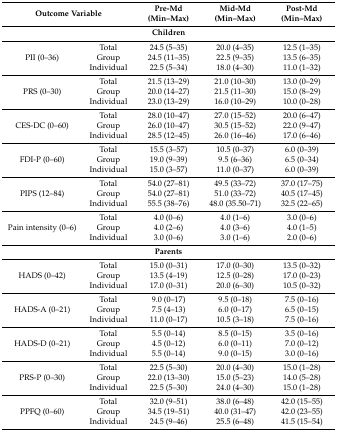
<table><thead><tr><td colspan="2"><b>Outcome Variable</b></td><td><b>Pre-Md (Min–Max)</b></td><td><b>Mid-Md (Min–Max)</b></td><td><b>Post-Md (Min–Max)</b></td></tr></thead><tbody><tr><td colspan="5"><b>Children</b></td></tr><tr><td rowspan="3">PII (0–36)</td><td>Total</td><td>24.5 (5–35)</td><td>20.0 (4–35)</td><td>12.5 (1–35)</td></tr><tr><td>Group</td><td>24.5 (11–35)</td><td>22.5 (9–35)</td><td>13.5 (6–35)</td></tr><tr><td>Individual</td><td>22.5 (5–34)</td><td>18.0 (4–30)</td><td>11.0 (1–32)</td></tr><tr><td rowspan="3">PRS (0–30)</td><td>Total</td><td>21.5 (13–29)</td><td>21.0 (10–30)</td><td>13.0 (0–29)</td></tr><tr><td>Group</td><td>20.0 (14–27)</td><td>21.5 (11–30)</td><td>15.0 (8–29)</td></tr><tr><td>Individual</td><td>23.0 (13–29)</td><td>16.0 (10–29)</td><td>10.0 (0–28)</td></tr><tr><td rowspan="3">CES-DC (0–60)</td><td>Total</td><td>28.0 (10–47)</td><td>27.0 (15–52)</td><td>20.0 (6–47)</td></tr><tr><td>Group</td><td>26.0 (10–47)</td><td>30.5 (15–52)</td><td>22.0 (9–47)</td></tr><tr><td>Individual</td><td>28.5 (12–45)</td><td>26.0 (16–46)</td><td>17.0 (6–46)</td></tr><tr><td rowspan="3">FDI-P (0–60)</td><td>Total</td><td>15.5 (3–57)</td><td>10.5 (0–37)</td><td>6.0 (0–39)</td></tr><tr><td>Group</td><td>19.0 (9–39)</td><td>9.5 (6–36)</td><td>6.5 (0–34)</td></tr><tr><td>Individual</td><td>15.0 (3–57)</td><td>11.0 (0–37)</td><td>6.0 (0–39)</td></tr><tr><td rowspan="3">PIPS (12–84)</td><td>Total</td><td>54.0 (27–81)</td><td>49.5 (33–72)</td><td>37.0 (17–75)</td></tr><tr><td>Group</td><td>54.0 (27–81)</td><td>51.0 (33–72)</td><td>40.5 (17–45)</td></tr><tr><td>Individual </td><td>55.5 (38–76)</td><td>48.0 (35.50–71)</td><td>32.5 (22–65)</td></tr><tr><td rowspan="3">Pain intensity (0–6)</td><td>Total</td><td>4.0 (0–6)</td><td>4.0 (1–6)</td><td>3.0 (0–6)</td></tr><tr><td>Group</td><td>4.0 (2–6)</td><td>4.0 (3–6)</td><td>4.0 (1–5)</td></tr><tr><td>Individual </td><td>3.0 (0–6)</td><td>3.0 (1–6)</td><td>2.0 (0–6)</td></tr><tr><td colspan="5"><b>Parents</b></td></tr><tr><td rowspan="3">HADS (0–42)</td><td>Total</td><td>15.0 (0–31)</td><td>17.0 (0–30)</td><td>13.5 (0–32)</td></tr><tr><td>Group</td><td>13.5 (4–19)</td><td>12.5 (0–28)</td><td>17.0 (0–23)</td></tr><tr><td>Individual </td><td>17.0 (0–31)</td><td>20.0 (6–30)</td><td>10.5 (0–32)</td></tr><tr><td rowspan="3">HADS-A (0–21)</td><td>Total</td><td>9.0 (0–17)</td><td>9.5 (0–18)</td><td>7.5 (0–16) </td></tr><tr><td>Group</td><td>7.5 (4–13)</td><td>6.0 (0–17)</td><td>6.5 (0–15)</td></tr><tr><td>Individual</td><td>11.0 (0–17)</td><td>10.5 (3–18)</td><td>7.5 (0–16)</td></tr><tr><td rowspan="3">HADS-D (0–21)</td><td>Total</td><td>5.5 (0–14)</td><td>8.5 (0–15)</td><td>3.5 (0–16)</td></tr><tr><td>Group</td><td>4.5 (0–12)</td><td>6.0 (0–11)</td><td>7.0 (0–12)</td></tr><tr><td>Individual</td><td>5.5 (0–14)</td><td>9.0 (0–15)</td><td>3.0 (0–16)</td></tr><tr><td rowspan="3">PRS-P (0–30)</td><td>Total</td><td>22.5 (5–30)</td><td>20.0 (4–30)</td><td>15.0 (1–28)</td></tr><tr><td>Group</td><td>22.0 (13–30)</td><td>15.0 (5–23)</td><td>14.0 (5–28)</td></tr><tr><td>Individual</td><td>22.5 (5–30)</td><td>24.0 (4–30)</td><td>15.0 (1–28)</td></tr><tr><td rowspan="3">PPFQ (0–60)</td><td>Total</td><td>32.0 (9–51)</td><td>38.0 (6–48)</td><td>42.0 (15–55)</td></tr><tr><td>Group</td><td>34.5 (19–51)</td><td>40.0 (31–47)</td><td>42.0 (23–55)</td></tr><tr><td>Individual </td><td>24.5 (9–46)</td><td>25.5 (6–48)</td><td>41.5 (15–54)</td></tr></tbody></table>